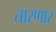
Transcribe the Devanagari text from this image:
तारणार